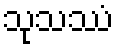
သုသဿံ